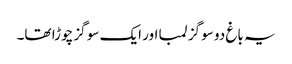
یہ باغ دو سو گز لمبا اور ایک سو گز چوڑا تھا۔